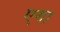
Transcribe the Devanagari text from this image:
एगा